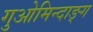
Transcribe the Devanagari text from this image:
गुओमिन्दाङ्ग